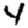
Digit: 4